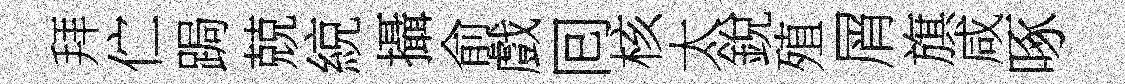
拜伫跼兢綂攝俞戲囘核太銳殖屑旗咸啄